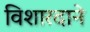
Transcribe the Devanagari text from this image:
विशारदाने